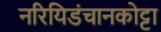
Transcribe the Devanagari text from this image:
नरियिडंचानकोट्टा